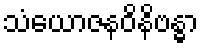
သံယောဇနဝိနိဗန္ဓာ